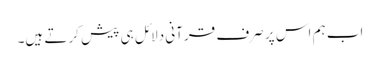
اب ہم اس پر صرف قرآنی دلائل ہی پیش کرتے ہیں۔